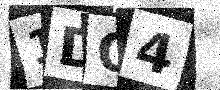
Text: 1DO4